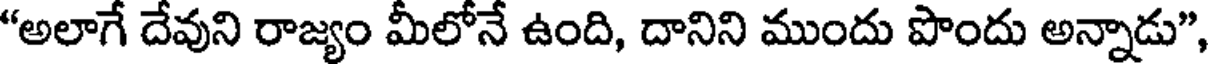
"అలాగే దేవుని రాజ్యం మీలోనే ఉంది, దానిని ముందు పొందు అన్నాడు",